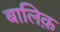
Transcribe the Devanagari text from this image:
बालिक़